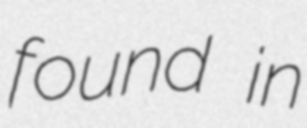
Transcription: found in